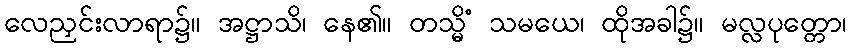
လေညှင်းလာရာ၌။ အဋ္ဌာသိ၊ နေ၏။ တသ္မိံ သမယေ၊ ထိုအခါ၌။ မလ္လပုတ္တော၊